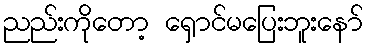
ညည်းကိုတော့ ရှောင်မပြေးဘူးနော်